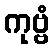
ကုဗ္ဗံ